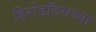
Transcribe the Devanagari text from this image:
हिरोडॉटसच्या